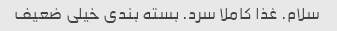
سلام. غذا کاملا سرد. بسته بندی خیلی ضعیف